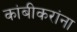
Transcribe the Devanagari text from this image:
कांबीकरांना